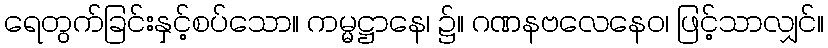
ရေတွက်ခြင်းနှင့်စပ်သော။ ကမ္မဋ္ဌာနေ၊ ၌။ ဂဏနဗလေနေဝ၊ ဖြင့်သာလျှင်။